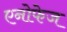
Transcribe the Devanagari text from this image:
एनोफेज